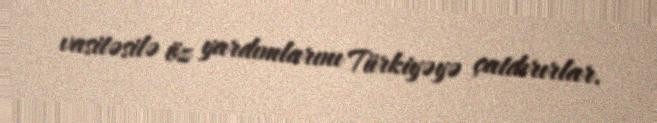
vasitəsilə öz yardımlarını Türkiyəyə çatdırırlar.